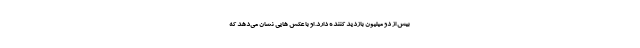
بیش از دو میلیون بازدید کننده دارد. او با عکس هایی نشان می‌دهد که